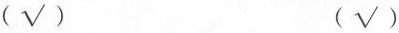
（√） （√）